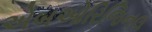
એબઓરિજિનલ